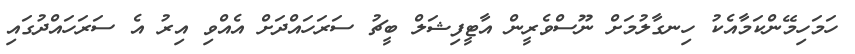
ހަމަހިމޭންކަމާއެކު ހިނގާލުމަށް ނޫސްވެރީން އާޓީފިޝަލް ބީޗު ސަރަހައްދަށް އެއްވި އިރު އެ ސަރަހައްދުގައި